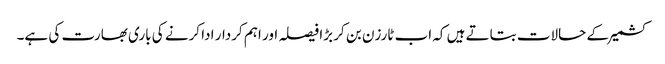
کشمیرکے حالات بتاتے ہیں کہ اب ٹارزن بن کر بڑا فیصلہ اور اہم کردار ادا کرنے کی باری بھارت کی ہے۔